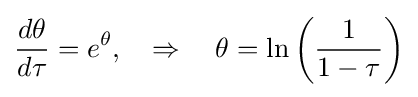
{\frac {d\theta }{d\tau }}=e^{\theta },\quad \Rightarrow \quad \theta =\ln \left({\frac {1}{1-\tau }}\right)